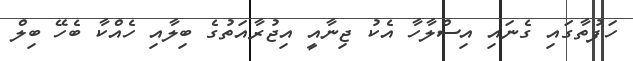
ހަފުތާގައި ގެނައި އިސްލާހާ އެކު ޖިނާއީ އިޖުރާއަތުގެ ބިލާއި ހެއްކާ ބެހޭ ބިލް